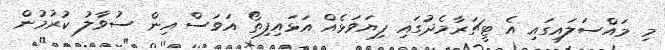
މި މައްސަލައިގައި އެ ޓީޗަރާމެދުގައި ފިޔަވަޅެއް އަޅައިފިތޯ އަވަސް އިން ސުވާލު ކުރުމުން